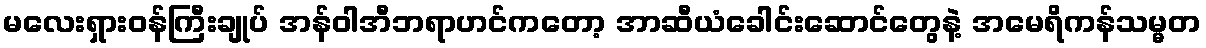
မလေးရှားဝန်ကြီးချုပ် အန်ဝါအီဘရာဟင်ကတော့ အာဆီယံခေါင်းဆောင်တွေနဲ့ အမေရိကန်သမ္မတ